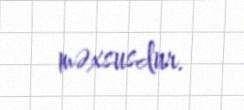
məxsusdur.